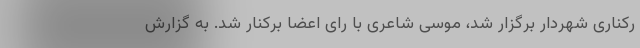
رکناری شهردار برگزار شد، موسی شاعری با رای اعضا برکنار شد. به گزارش